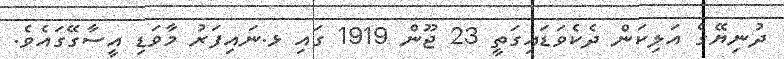
ދުނިޔޭގެ އަލިކަން ދެކެވަޑައިގަތީ 23 ޖޫން 1919 ގައި ޅ.ނައިފަރު މާވަޑި އީސާގޭގައެވެ.